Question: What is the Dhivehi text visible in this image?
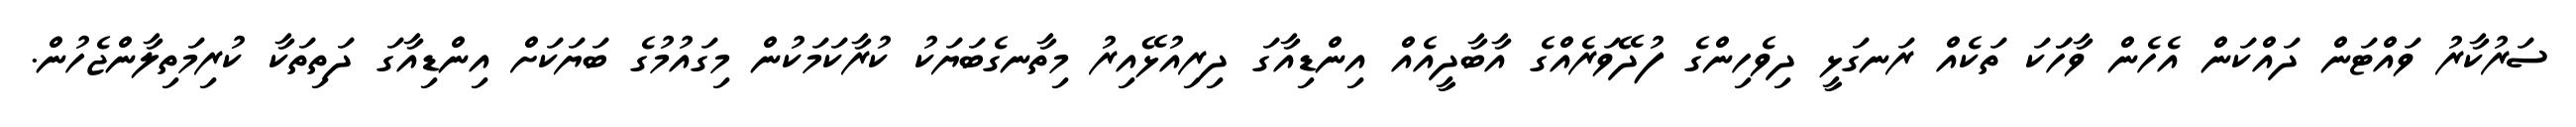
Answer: ސަރުކާރު ވައްޓަން ދައްކަން އެހެން ވާހަަކަ ތަކެއް ރަނގަޅީ ދިވެހިންގެ ފުދޭވަރެއްގެ އާބާދީއެއް އިންޑިއާގަ ދިރިއުޅޭއިރު މިތާނގެބަޔަކު ކުރާކަމަކުން މިގައުމުގެ ބަޔަކަށް އިންޑިއާގަ ދަތިތަކާ ކުރިމަތިލާންޖެހުން.